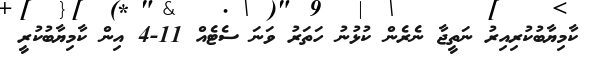
ކާމިޔާބުކުރިއިރު ނަތީޖާ ނެރެން ކުޅުނު ހަތަރު ވަނަ ސެޓެެއް 11-4 އިން ކާމިޔާބުކުރީ